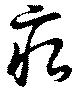
痕